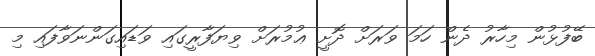
ބޭފުޅުން މިހާރު ދެން ހަމަ ވަރަށް ދޮށީ ޢުމުރަށް ވިޔަފާރީގައި ވަޑައިގަންނަވާފައި މި